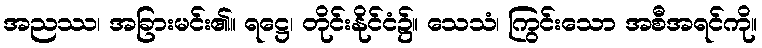
အညဿ၊ အခြားမင်း၏။ ရဋ္ဌေ၊ တိုင်းနိုင်ငံ၌။ သေသံ၊ ကြွင်းသော အစီအရင်ကို။